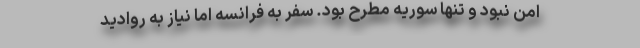
امن نبود و تنها سوریه مطرح بود. سفر به فرانسه اما نیاز به روادید